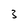
Character: 3